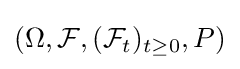
(\Omega ,{\mathcal {F}},({\mathcal {F}}_{t})_{t\geq 0},P)